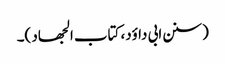
(سنن ابی داؤد، کتاب الجھاد )۔